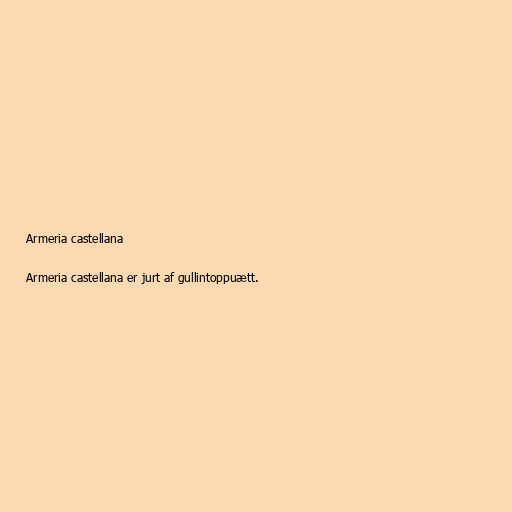
Armeria castellana

Armeria castellana er jurt af gullintoppuætt.